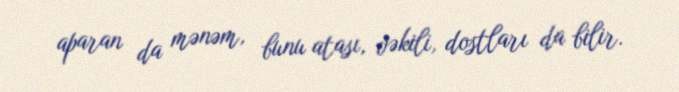
aparan da mənəm, bunu atası, vəkili, dostları da bilir.